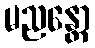
မညန္တော